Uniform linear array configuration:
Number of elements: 32
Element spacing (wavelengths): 0.25
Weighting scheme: kaiser
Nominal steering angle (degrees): -45
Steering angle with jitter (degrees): -44.116
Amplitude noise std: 0.05
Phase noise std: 0.05

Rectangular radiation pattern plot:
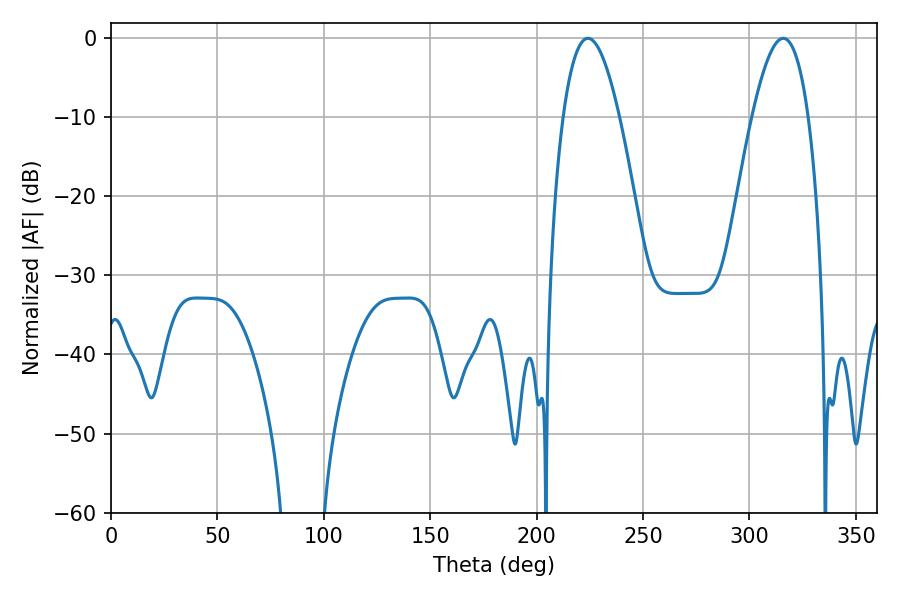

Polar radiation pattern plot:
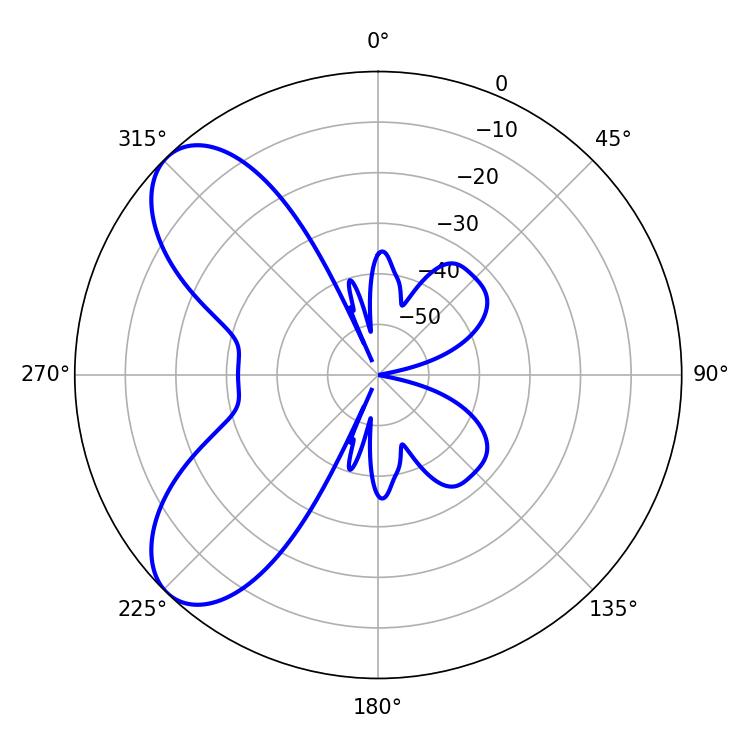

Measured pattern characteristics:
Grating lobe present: FALSE
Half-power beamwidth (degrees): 14.58
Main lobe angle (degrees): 224.1